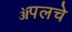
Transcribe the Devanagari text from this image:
ॲपलचे